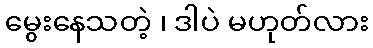
မွေးနေသတဲ့ ၊ ဒါပဲ မဟုတ်လား